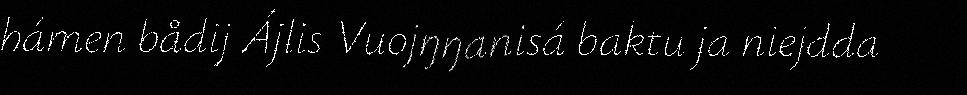
hámen bådij Ájlis Vuojŋŋanisá baktu ja niejdda